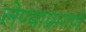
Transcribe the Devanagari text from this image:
लेण्याप्रमाणे